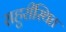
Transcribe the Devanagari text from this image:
राहुरीस्थित